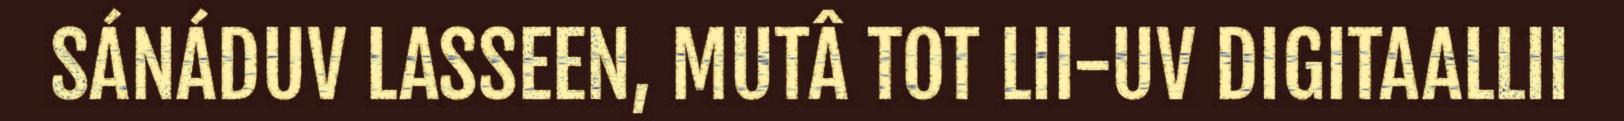
SÁNÁDUV LASSEEN, MUTÂ TOT LII-UV DIGITAALLII